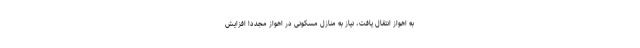
به اهواز انتقال یافت، نیاز به منازل مسکونی در اهواز مجدداً افزایش